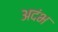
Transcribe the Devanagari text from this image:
अदंभ